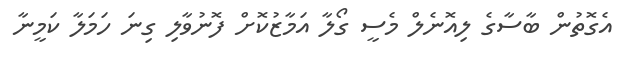
އެގޮތުން ބާސާގެ ލިއޮނެލް މެސީ ގޯލާ އަމާޒުކޮށް ފޮނުވާލި ގިނަ ހަމަލާ ކަމީނާ